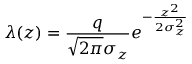
\lambda ( z ) = \frac { q } { \sqrt { 2 \pi } \sigma _ { z } } e ^ { - \frac { z ^ { 2 } } { 2 \sigma _ { z } ^ { 2 } } }